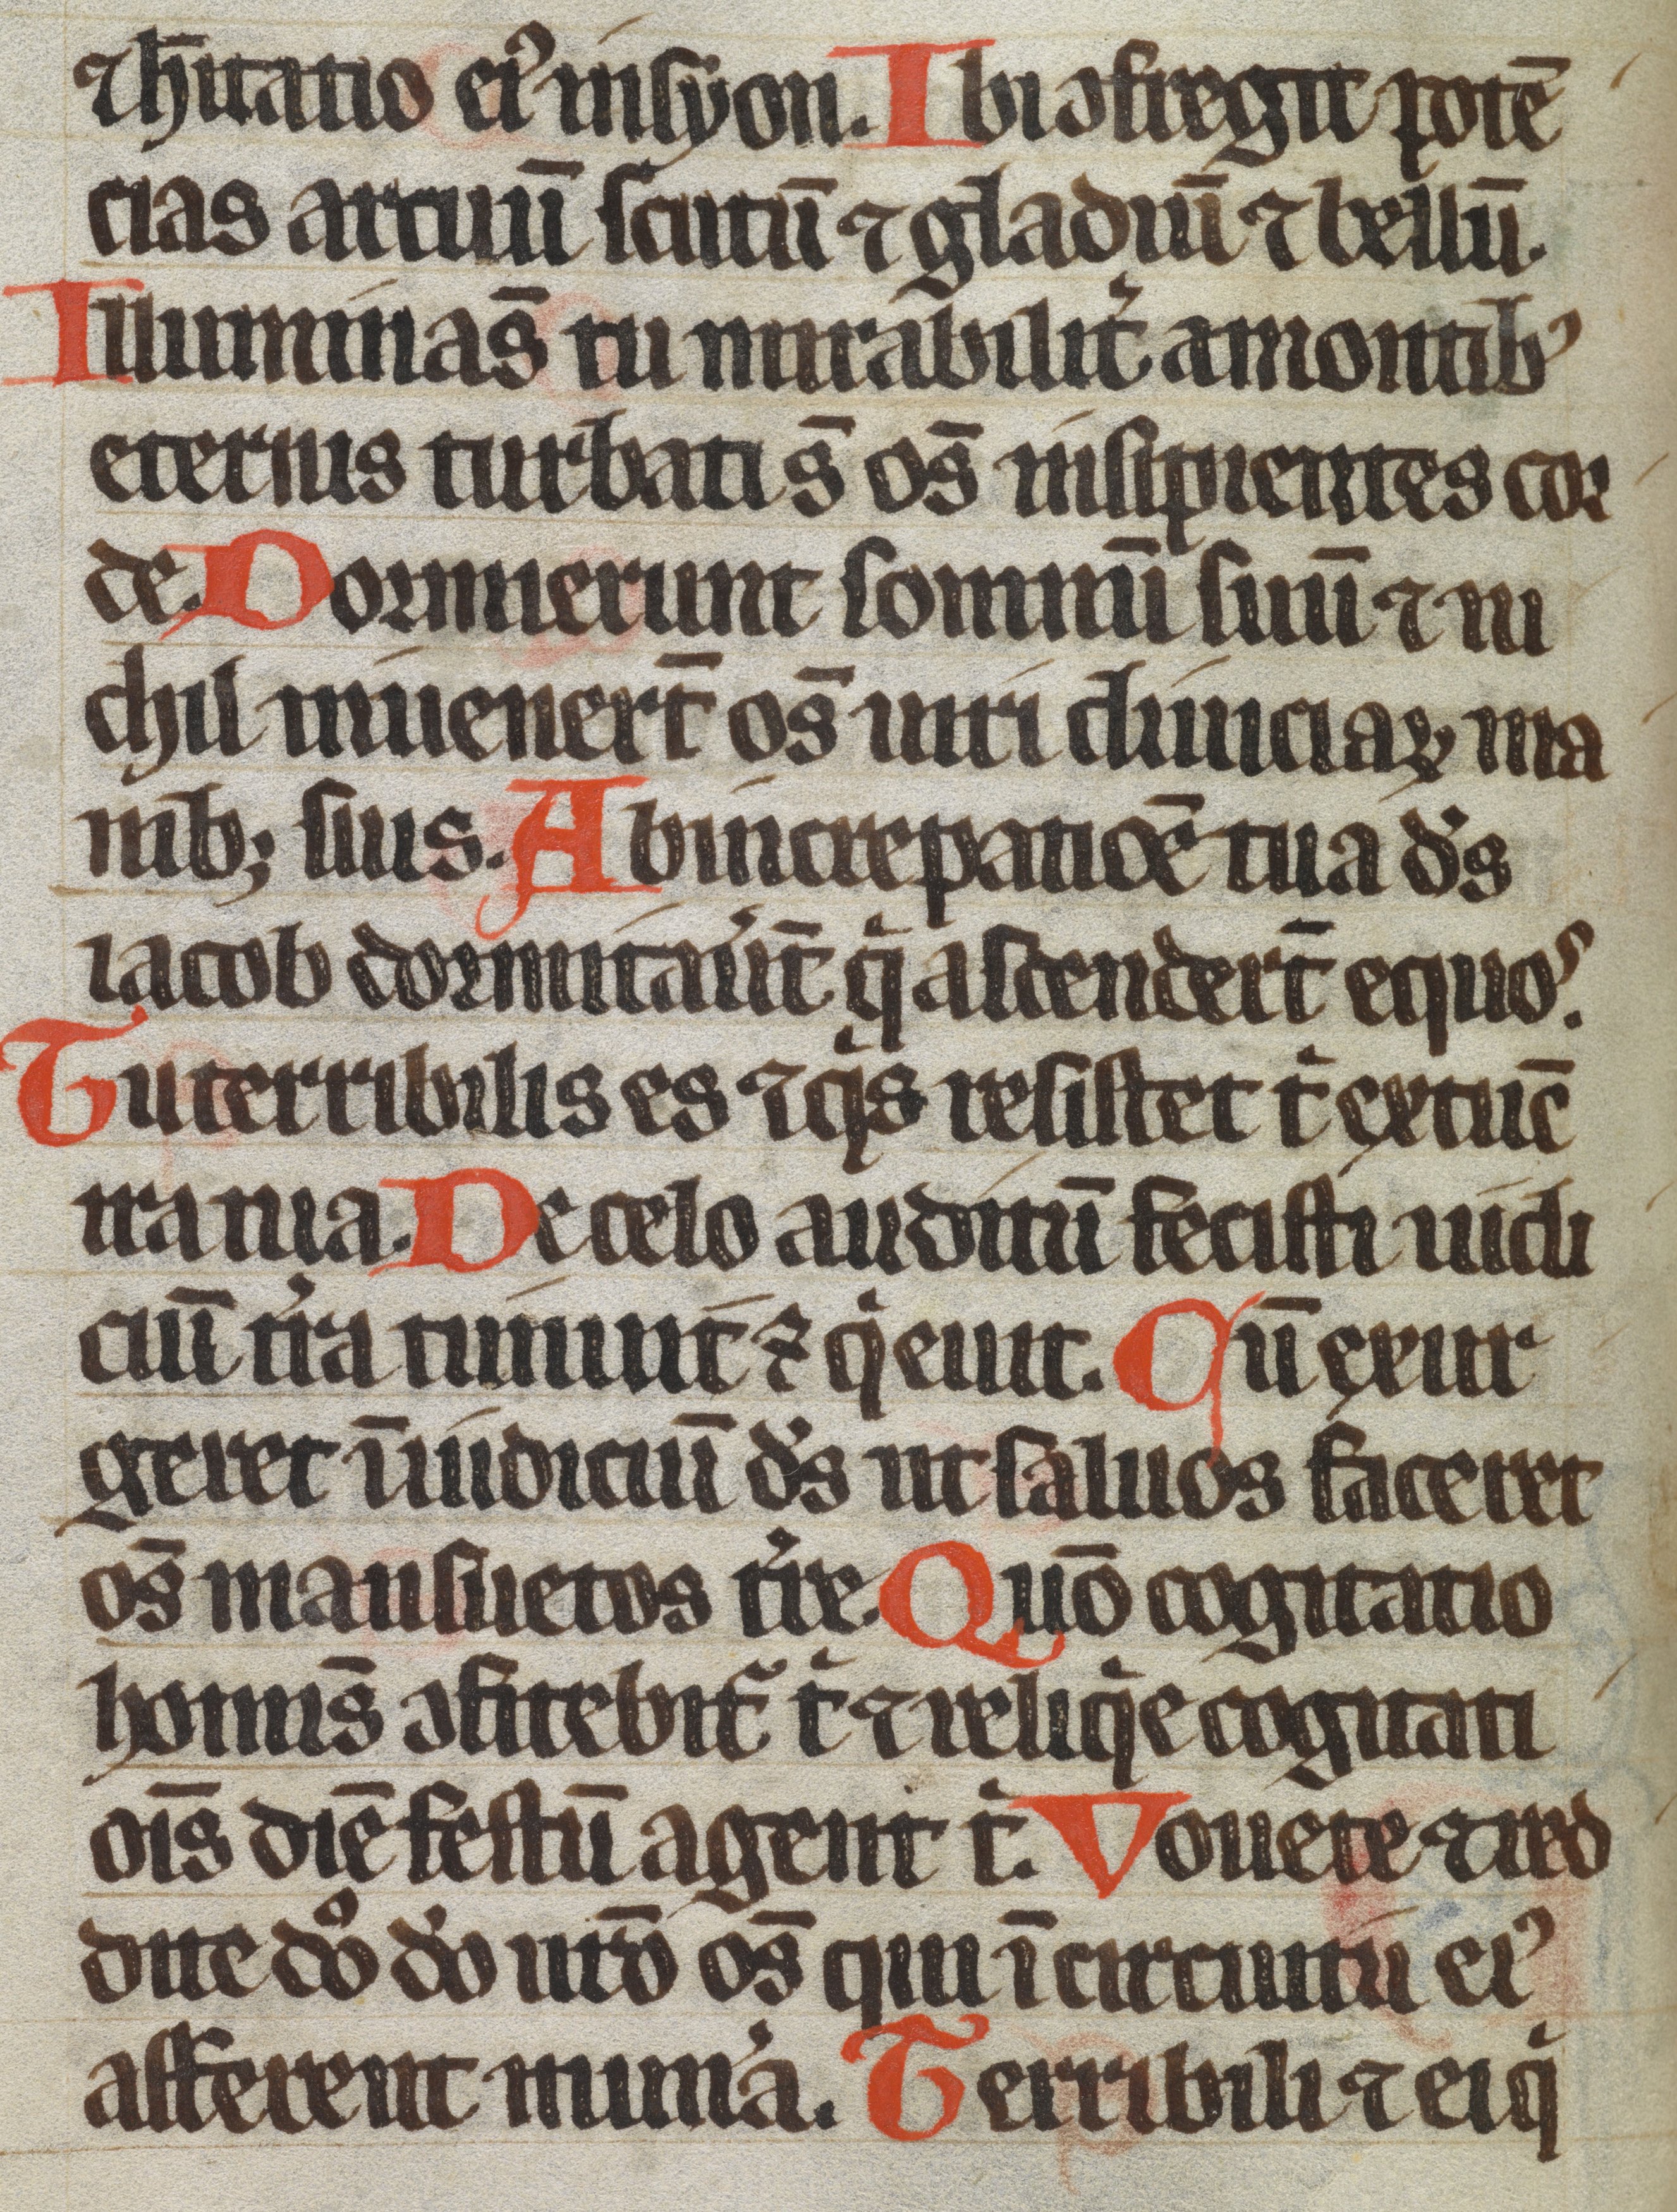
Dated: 1300–1399